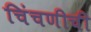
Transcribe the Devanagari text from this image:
चिंचणीची